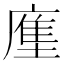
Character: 𭙳